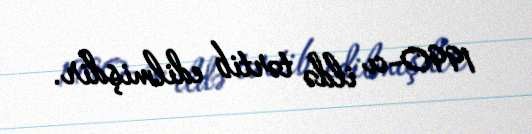
1990-cı ildə tərtib edilmişdir.